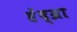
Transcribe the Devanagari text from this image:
हेंद्य्रा